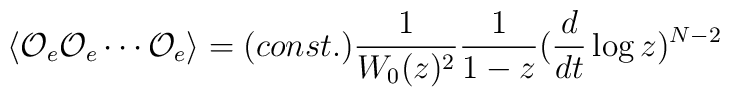
\langle {\cal O}_e {\cal O}_e \cdots {\cal O}_e \rangle = (const.) \frac{1}{W_0(z)^{2}}\frac{1}{1-z}(\frac{d}{dt}\log z)^{N-2}